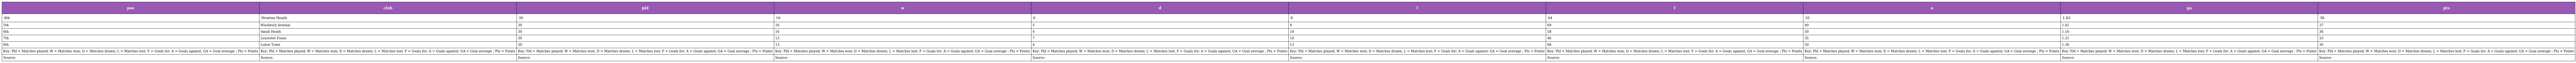
| pos | club | pld | w | d | l | f | a | ga | pts |
 | --- | --- | --- | --- | --- | --- | --- | --- | --- | --- |
 | 4th | Newton Heath | 30 | 16 | 6 | 8 | 64 | 35 | 1.83 | 38 |
 | 5th | Woolwich Arsenal | 30 | 16 | 5 | 9 | 69 | 49 | 1.41 | 37 |
 | 6th | Small Heath | 30 | 16 | 4 | 10 | 58 | 50 | 1.16 | 36 |
 | 7th | Leicester Fosse | 30 | 13 | 7 | 10 | 46 | 35 | 1.31 | 33 |
 | 8th | Luton Town | 30 | 13 | 4 | 13 | 68 | 50 | 1.36 | 30 |
 | Key: Pld = Matches played; W = Matches won; D = Matches drawn; L = Matches lost; F = Goals for; A = Goals against; GA = Goal average ; Pts = Points | Key: Pld = Matches played; W = Matches won; D = Matches drawn; L = Matches lost; F = Goals for; A = Goals against; GA = Goal average ; Pts = Points | Key: Pld = Matches played; W = Matches won; D = Matches drawn; L = Matches lost; F = Goals for; A = Goals against; GA = Goal average ; Pts = Points | Key: Pld = Matches played; W = Matches won; D = Matches drawn; L = Matches lost; F = Goals for; A = Goals against; GA = Goal average ; Pts = Points | Key: Pld = Matches played; W = Matches won; D = Matches drawn; L = Matches lost; F = Goals for; A = Goals against; GA = Goal average ; Pts = Points | Key: Pld = Matches played; W = Matches won; D = Matches drawn; L = Matches lost; F = Goals for; A = Goals against; GA = Goal average ; Pts = Points | Key: Pld = Matches played; W = Matches won; D = Matches drawn; L = Matches lost; F = Goals for; A = Goals against; GA = Goal average ; Pts = Points | Key: Pld = Matches played; W = Matches won; D = Matches drawn; L = Matches lost; F = Goals for; A = Goals against; GA = Goal average ; Pts = Points | Key: Pld = Matches played; W = Matches won; D = Matches drawn; L = Matches lost; F = Goals for; A = Goals against; GA = Goal average ; Pts = Points | Key: Pld = Matches played; W = Matches won; D = Matches drawn; L = Matches lost; F = Goals for; A = Goals against; GA = Goal average ; Pts = Points |
 | Source: | Source: | Source: | Source: | Source: | Source: | Source: | Source: | Source: | Source: |